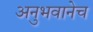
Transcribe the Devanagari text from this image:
अनुभवानेच